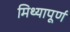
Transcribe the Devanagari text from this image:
मिथ्यापूर्ण